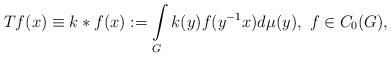
LaTeX: \begin{align*} Tf(x)\equiv k*f(x):=\int\limits_{G}k(y)f(y^{-1}x)d\mu(y),\,\,f\in C_{0}(G),\end{align*}